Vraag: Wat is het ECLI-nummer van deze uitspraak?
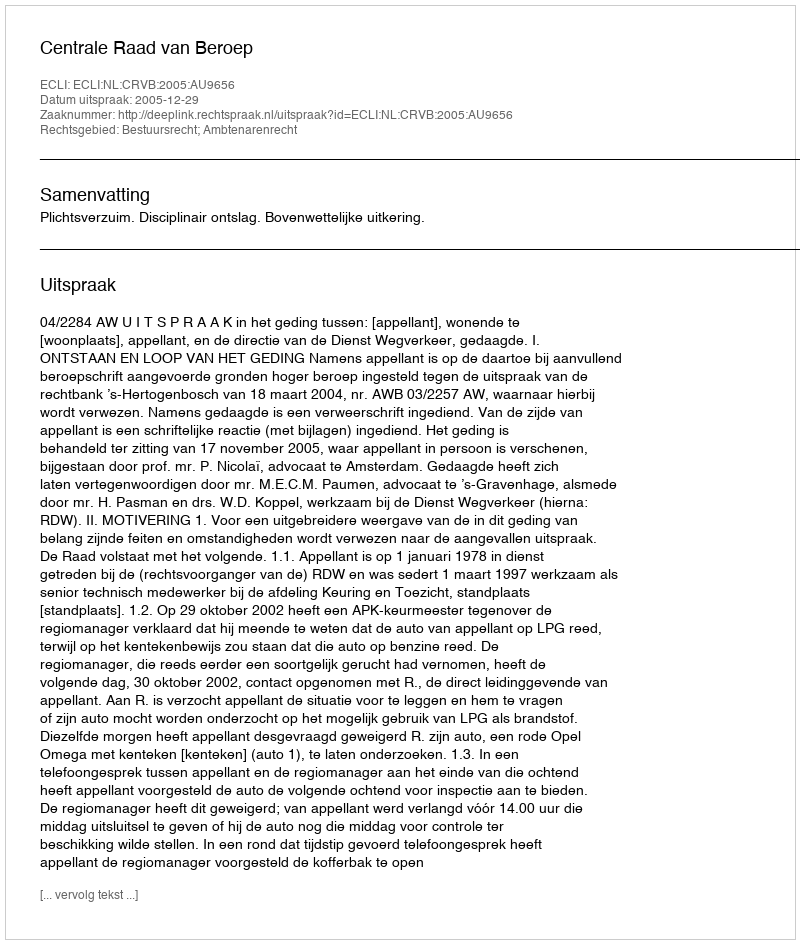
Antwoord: ECLI:NL:CRVB:2005:AU9656